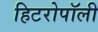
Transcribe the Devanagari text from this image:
हिटरोपॉली